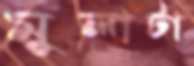
মুলাটা